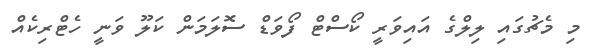
މި މެޗުގައި ލިލްގެ އައިވަރީ ކޯސްޓް ފޯވަޑް ސޮލަމަން ކަލޫ ވަނީ ހެޓްރިކެއް